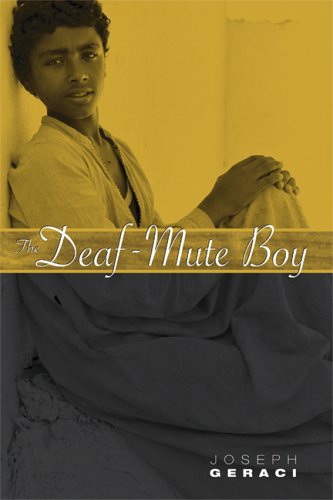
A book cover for The Deaf-Mute Boy; Joseph Geraci; Travel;